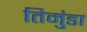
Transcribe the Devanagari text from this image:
तिमुंडा